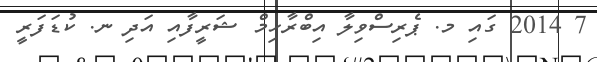
7 2014 ގައި މ. ޕެރިސްވިލާ އިބްރާހިމް ޝަރީފާއި އަދި ނ. ކުޑަފަރީ